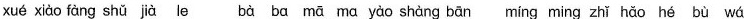
xuě xiào fàng shǔ jià le ,bà ba mā ma yào shàng bān ,míng ming zhǐ hǎo hé bù wá